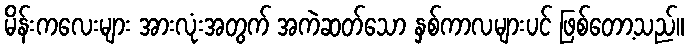
မိန်းကလေးများ အားလုံးအတွက် အကဲဆတ်သော နှစ်ကာလများပင် ဖြစ်တော့သည်။